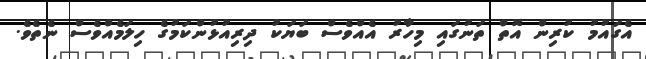
އެގައުމު ކުރިން އޮތް ތަނުގައި މިހާރު އެއްވެސް ބަޔަކު ދިރިއުޅުންކަމުގެ ހިލަމެއްވެސް ނެތެެވެ.